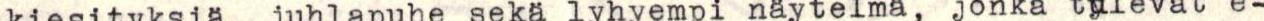
kiesityksiä, juhlapuhe seka lyhyempi näytelmä, jonka tulevat e-